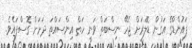
ޕައުންޑްގެ އަގުން ޑޮލަރަށް ޖެހޭ ނިސްބަތް ވަނީ ހަތް އިންސައްތަ ދަށަށް ގޮސްފައެވެ.